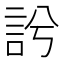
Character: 䚷